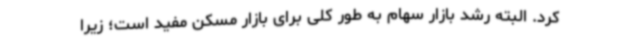
کرد. البته رشد بازار سهام به طور کلی برای بازار مسکن مفید است؛ زیرا